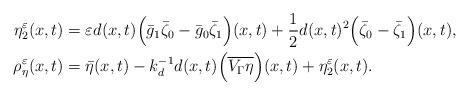
LaTeX: \begin{align*} \begin{aligned} \eta_2^\varepsilon(x,t) &= \varepsilon d(x,t)\Bigl(\bar{g}_1\bar{\zeta}_0-\bar{g}_0\bar{\zeta}_1\Bigr)(x,t)+\frac{1}{2}d(x,t)^2\Bigl(\bar{\zeta}_0-\bar{\zeta}_1\Bigr)(x,t), \\ \rho_\eta^\varepsilon(x,t) &= \bar{\eta}(x,t)-k_d^{-1}d(x,t)\Bigl(\overline{V_\Gamma\eta}\Bigr)(x,t)+\eta_2^\varepsilon(x,t). \end{aligned}\end{align*}